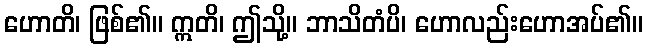
ဟောတိ၊ ဖြစ်၏။ ဣတိ၊ ဤသို့။ ဘာသိတံပိ၊ ဟောလည်းဟောအပ်၏။